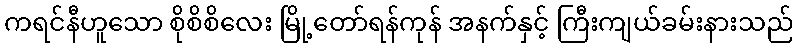
ကရင်နီဟူသော စိုစိစိလေး မြို့တော်ရန်ကုန် အနက်နှင့် ကြီးကျယ်ခမ်းနားသည်